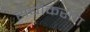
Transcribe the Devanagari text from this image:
संघाकरता